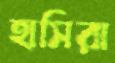
হাসিরা